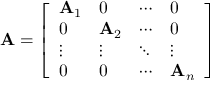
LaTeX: \mathbf { A } = { \left[ \begin{array} { l l l l } { \mathbf { A } _ { 1 } } & { 0 } & { \cdots } & { 0 } \\ { 0 } & { \mathbf { A } _ { 2 } } & { \cdots } & { 0 } \\ { \vdots } & { \vdots } & { \ddots } & { \vdots } \\ { 0 } & { 0 } & { \cdots } & { \mathbf { A } _ { n } } \end{array} \right] }